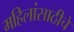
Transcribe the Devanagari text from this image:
महिलांसाठीचे